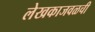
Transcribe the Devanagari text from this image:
लेखकाजवळची